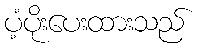
ပံ့ပိုးပေးထားသည်